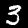
Digit: 3